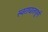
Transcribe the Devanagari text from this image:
स्वराघातपूर्ण